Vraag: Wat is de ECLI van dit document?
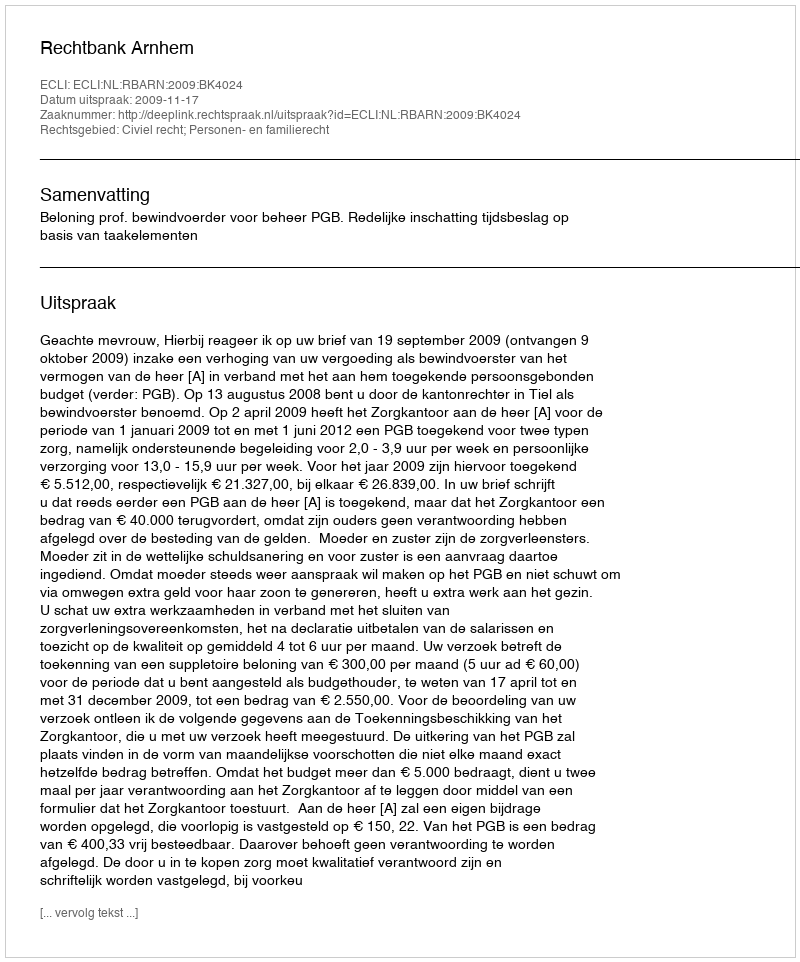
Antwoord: ECLI:NL:RBARN:2009:BK4024